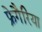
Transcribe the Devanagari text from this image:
फ्रेगैरिया